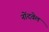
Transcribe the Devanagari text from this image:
नोंदवेल